Report on vaccination in Madras 1904-1921 - 1904-1921
Year: 1904
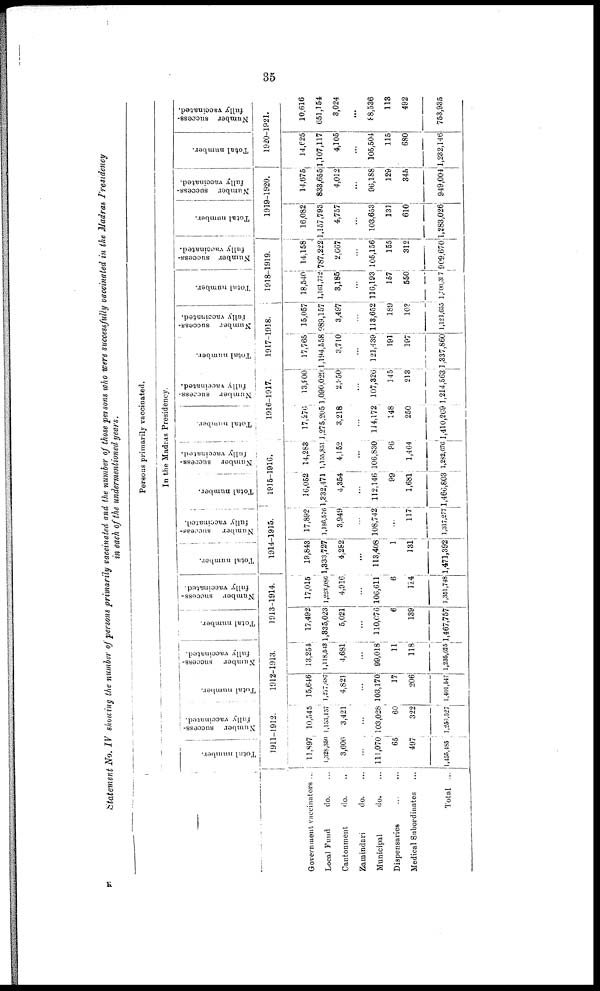
35
Statement No. IV showing the number of persons primarily vaccinated and the number of those persons who were successfully vaccinated in the Madras Presidency
in each of the undermentioned years.
—
Government vaccinators ...
Local Fund
do. ...
Cantonment
do. ...
Zamindari
do. ...
Municipal
do. ...
Dispensaries
...
...
Medical Subordinates ...
Total ...
Persons primarily vaccinated.
In the Madras Presidency.
Total number.
Number success-
fully vaccinated.
1911-1912.
11,897
l,328,350
3,606
...
111,070
65
497
1,455,485
10,545
1,133,157
3,421
...
103,028
60
322
1,250,527
Total number.
Number success-
fully vaccinated.
1912-1913.
15,646
l,277,687
4,821
...
103,170
17
206
1,401,547
13,254
1,118,543
4,681
...
99,018
11
118
1,235,625
Total number.
Number success-
fully vaccinated.
1913-1914.
17,492
1,335,023
5,021
...
110,076
6
139
1,467,757
17,015
1,223,086
4,916
...
106,611
6
114
1,351,748
Total number.
Number success-
fully vaccinated.
1914-1915.
19,843
1,333,727
4,282
...
113,408
1
131
1,471,392
17,892
l,186,576
3,949
...
108,742
...
117
1,317,277
Total number.
Number success-
fully vaccinated.
1915-1916.
16,052
1,332,471
4,354
...
112,146
99
1,681
1,466,803
14,283
1,155,851
4,152
...
106,830
86
1,464
1,282,676
Total number.
Number success-
fully vaccinated.
1916-1917.
17,276
1,275,205
3,218
...
114,172
148
250
1,410,269
13,800
1,090,020
2,950
...
107,326
145
213
1,214,563
Total number.
Number success-
fully vaccinated.
1917-1918.
17,765
1,194,558
3,710
...
121,439
191
197
1,337,860
15,057
989,157
3,497
...
113,652
189
103
1,121,655
Total number.
Number success-
fully vaccinated.
1918-1919.
18,540
1,161,772
3,185
...
116,193
157
550
1,300,397
14,158
787,222
2,667
...
105,156
155
312
909,670
Total number.
Number success-
fully vaccinated.
1919-1920.
16,082
1,157,793
4,757
...
103,653
131
610
1,283,026
14,675
833,655
4,012
...
96,188
129
345
949,004
Total number.
Number success-
fully vaccinated.
1920-1921.
14,625
1,107,117
4,105
...
105,504
115
680
1,282,146
10,616
651,154
3,024
...
88,536
113
492
753,935
K